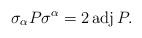
LaTeX: \begin{align*}\sigma_\alpha P\sigma^\alpha=2\operatorname{adj}P.\end{align*}